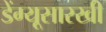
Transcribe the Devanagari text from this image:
डेंग्यूसारखी